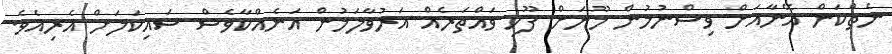
ނެތްކަން އޭނާއަށް ވިސްނުމުން މޫނަށް ފޫހި ވައްތަރެއް އަރުވާލަމުން އަނެއްކާވެސް ސައިކަލަށް އެރިއެވެ.